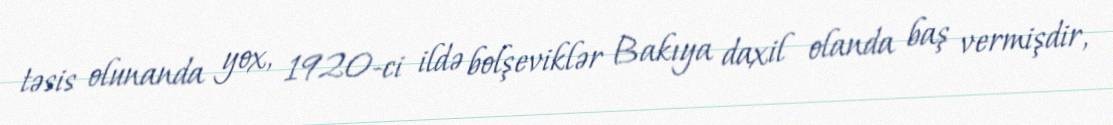
təsis olunanda yox, 1920-ci ildə bolşeviklər Bakıya daxil olanda baş vermişdir,